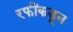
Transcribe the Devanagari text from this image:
रफींकडून